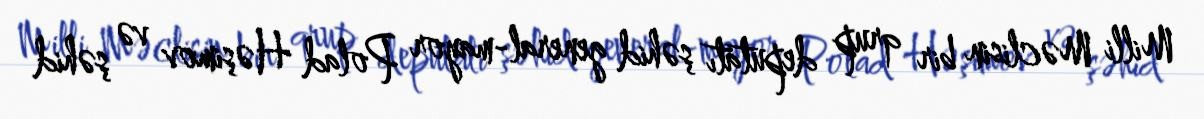
Milli Məclisin bir qrup deputatı şəhid general-mayor Polad Həşimov və şəhid